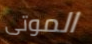
الموتى